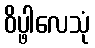
ဝိပ္ဖါလေသုံ